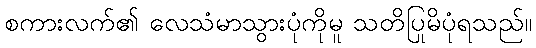
စကားလက်၏ လေသံမာသွားပုံကိုမူ သတိပြုမိပုံရသည်။